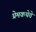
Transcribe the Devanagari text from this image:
प्रेमकथेचे